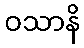
ဝသာနိ